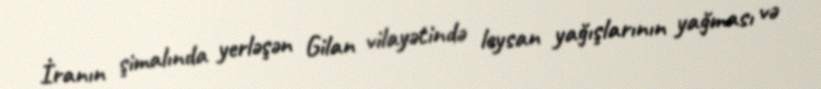
İranın şimalında yerləşən Gilan vilayətində leysan yağışlarının yağması və